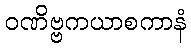
ဝဏိဗ္ဗကယာစကာနံ